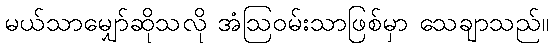
မယ်သာမျှော်ဆိုသလို အံဩဝမ်းသာဖြစ်မှာ သေချာသည်။